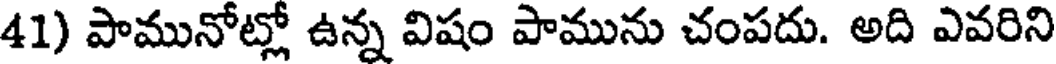
41) పామునోట్లో ఉన్న విషం పామును చంపదు. అది ఎవరిని